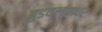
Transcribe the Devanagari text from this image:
बुडवल्यावर